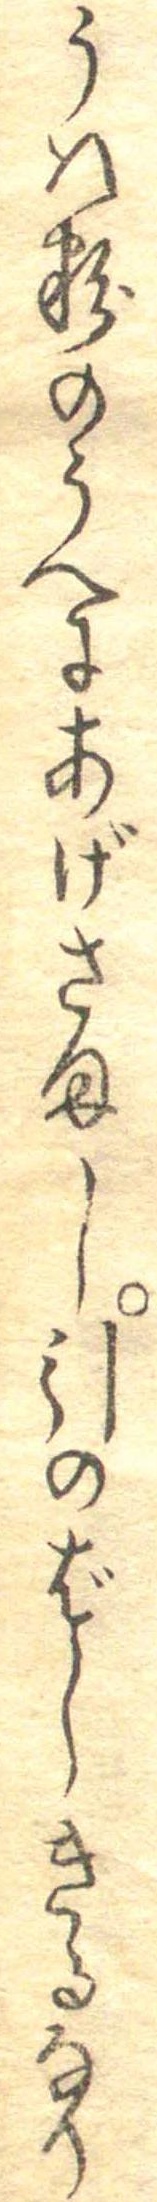
うは粉のうへにあげさまし引のばしきるなり